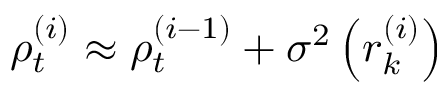
\rho _ { t } ^ { ( i ) } \approx \rho _ { t } ^ { ( i - 1 ) } + \sigma ^ { 2 } \left( r _ { k } ^ { ( i ) } \right)